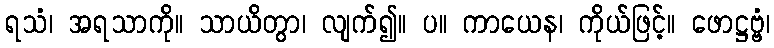
ရသံ၊ အရသာကို။ သာယိတွာ၊ လျက်၍။ ပ။ ကာယေန၊ ကိုယ်ဖြင့်။ ဖောဋ္ဌဗ္ဗံ၊